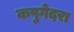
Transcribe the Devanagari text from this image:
कपुगेदरा